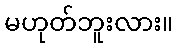
မဟုတ်ဘူးလား။